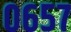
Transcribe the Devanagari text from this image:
०६५७